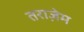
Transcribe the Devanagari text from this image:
तराज़ेम